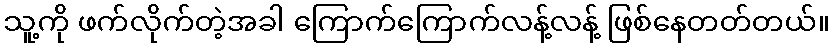
သူ့ကို ဖက်လိုက်တဲ့အခါ ကြောက်ကြောက်လန့်လန့် ဖြစ်နေတတ်တယ်။